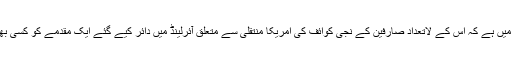
ذرائع کے مطابق سماجی رابطوں کی ویب سائٹ فیس بک اس کوشش میں ہے کہ اس کے لاتعداد صارفین کے نجی کوائف کی امریکا منتقلی سے متعلق آئرلینڈ میں دائر کیے گئے ایک مقدمے کو کسی بھی طرح یورپ کی اعلیٰ ترین عدالت میں پہنچنے سے روک دیا جائے۔